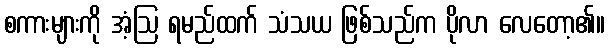
စကားများကို အံ့ဩ ရမည်ထက် သံသယ ဖြစ်သည်က ပိုလာ လေတော့၏။